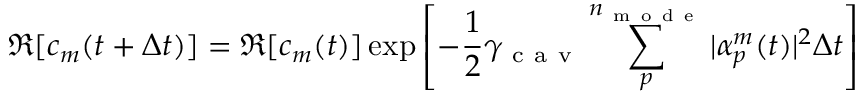
\Re [ c _ { m } ( t + \Delta t ) ] = \Re [ c _ { m } ( t ) ] \exp \left[ - \frac { 1 } { 2 } \gamma _ { \mathrm { ~ c ~ a ~ v ~ } } \sum _ { p } ^ { n _ { \mathrm { ~ m ~ o ~ d ~ e ~ } } } | \alpha _ { p } ^ { m } ( t ) | ^ { 2 } \Delta t \right]